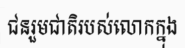
ជនរួមជាតិរបស់លោកក្នុង